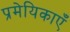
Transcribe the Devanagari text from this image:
प्रमेयिकाएँ